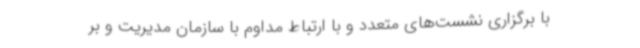
با برگزاری نشست‌های متعدد و با ارتباط مداوم با سازمان مدیریت و بر